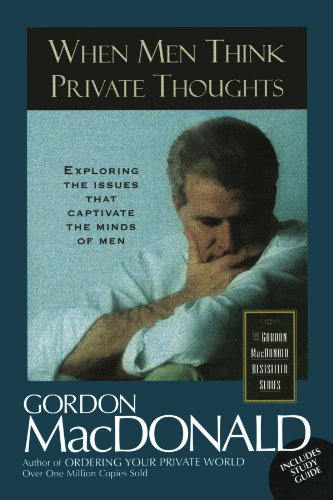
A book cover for When Men Think Private Thoughts Exploring The Issues That Captivate The Minds Of Men; Gordon MacDonald; Religion & Spirituality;